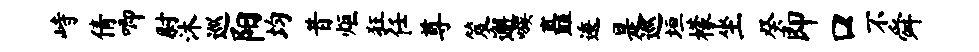
峙倩唧尉沐巡阳均昔炬狂任尊笈邂嗾矗逶是巡垣檬坐癸即口不舜